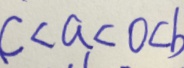
c < a < 0 < b